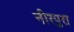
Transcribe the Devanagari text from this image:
नीरपुरा